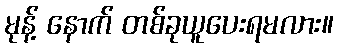
မုန့် နောက် တစ်ခုယူပေးရမလား။